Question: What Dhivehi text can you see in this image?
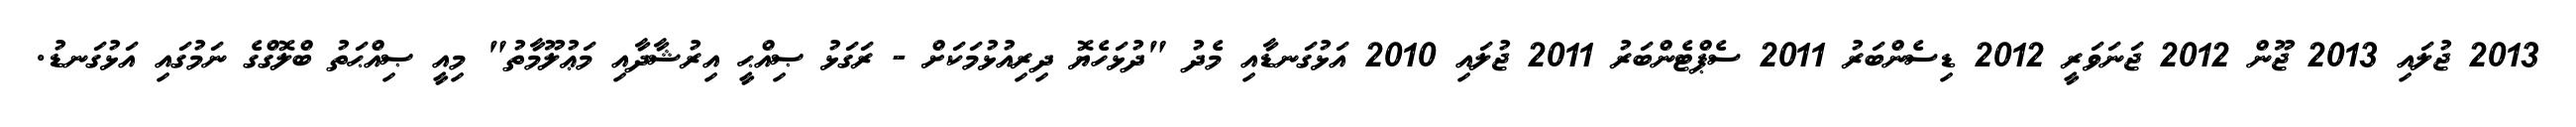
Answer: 2013 ޖުލައި 2013 ޖޫން 2012 ޖަނަވަރީ 2012 ޑިސެންބަރު 2011 ސެޕްޓެންބަރު 2011 ޖުލައި 2010 އަޅުގަނޑާއި މެދު "ދުޅަހެޔޮ ދިރިއުޅުމަކަށް - ރަގަޅު ޞިއްޙީ އިރުޝާދާއި މަޢުލޫމާތު" މިއީ ޞިއްޙަތު ބްލޮގްގެ ނަމުގައި އަޅުގަނޑު.